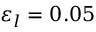
\varepsilon _ { l } = 0 . 0 5